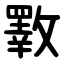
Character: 斁